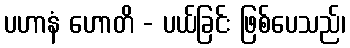
ပဟာနံ ဟောတိ - ပယ်ခြင်း ဖြစ်ပေသည်၊